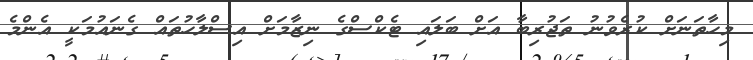
މިހާތަނަށް ކުރެވުނު ތަޖުރިބާ އަށް ބަލައި ޓެކްސްގެ ނިޒާމަށް އިސްލާހުތައް ގެނައުމަކީ އެންމެ